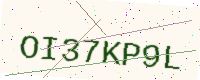
Text: OI37KP9L